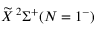
\widetilde { X } \, ^ { 2 } \Sigma ^ { + } ( N = 1 ^ { - } )